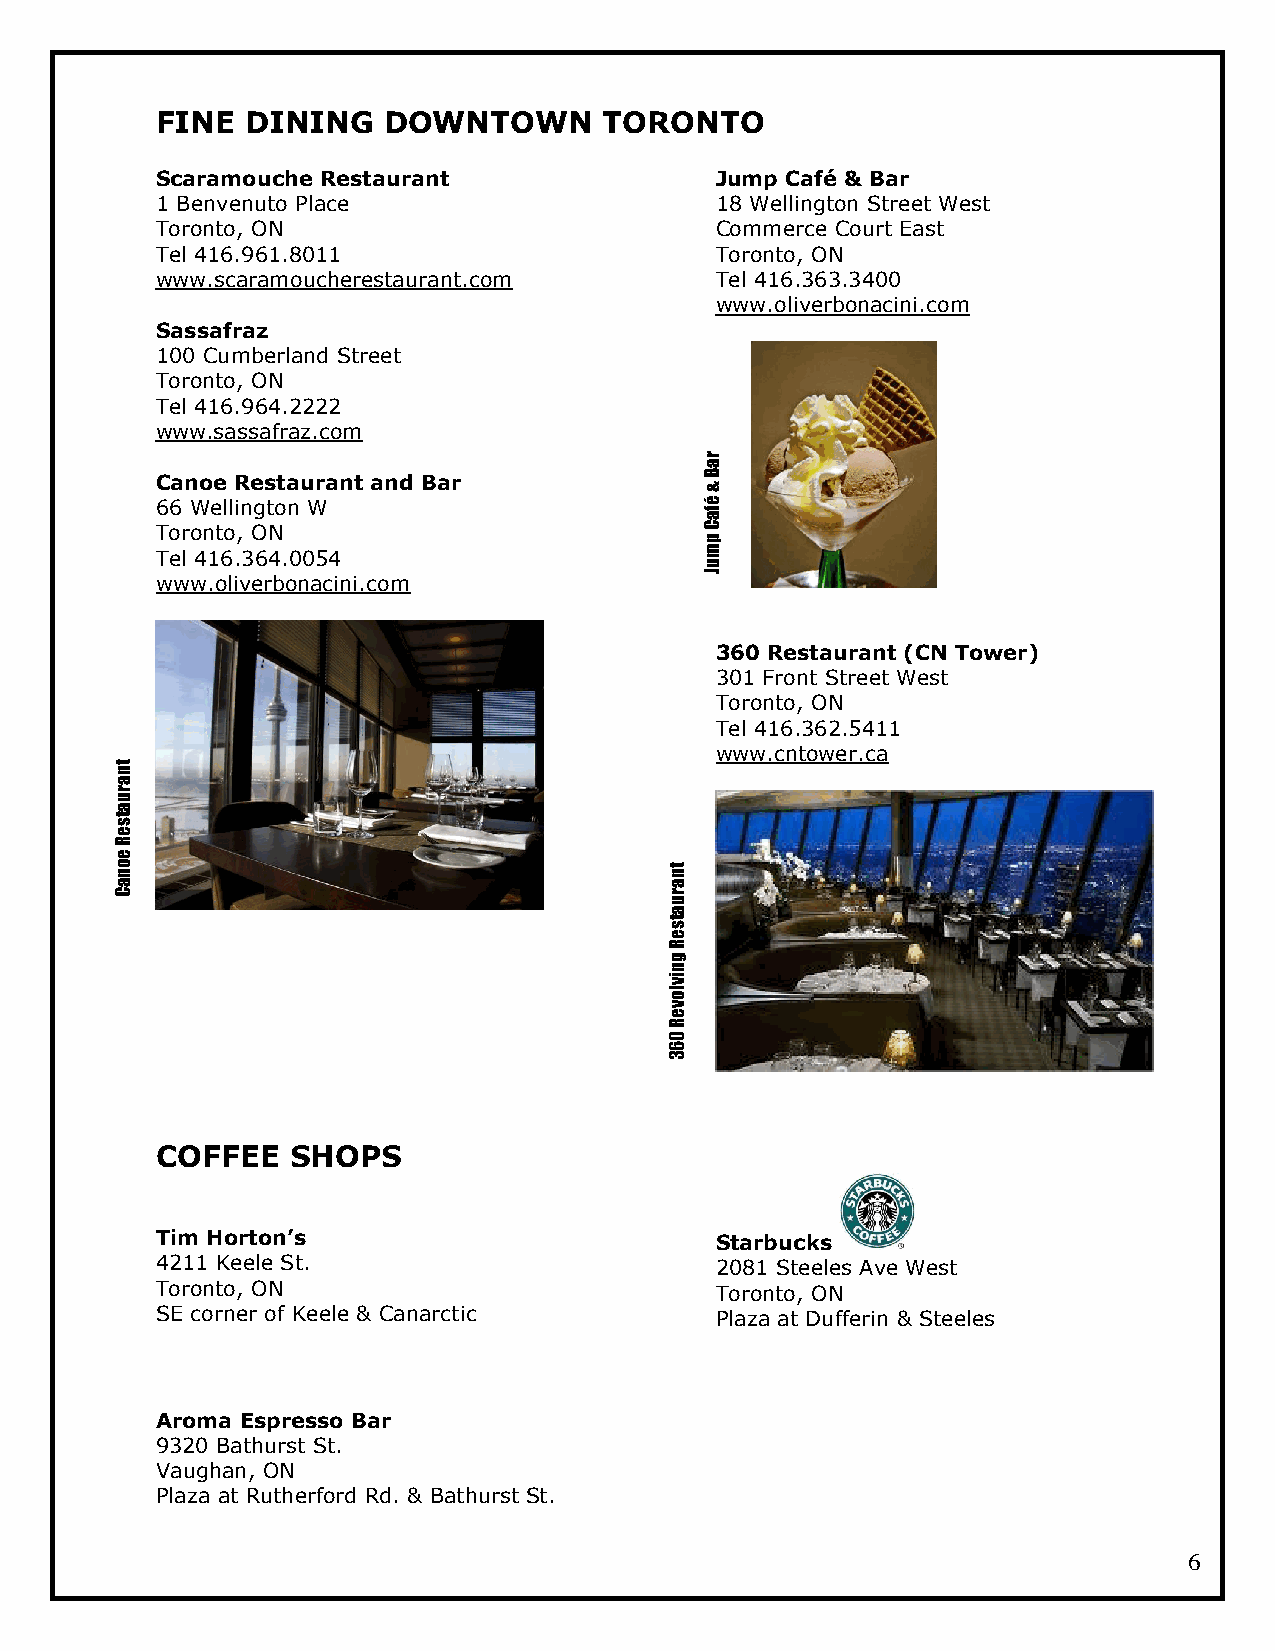
FINE  DINING   DOWNTOWN       TORONTO
 Scaramouche Restaurant               Jump Café & Bar
 1 Benvenuto Place                    18 Wellington Street West
 Toronto, ON                          Commerce Court East
 Tel 416.961.8011                     Toronto, ON
 www.scaramoucherestaurant.com        Tel 416.363.3400
 www.oliverbonacini.com
 Sassafraz
 100 Cumberland Street
 Toronto, ON
 Tel 416.964.2222
 www.sassafraz.com
 r
 a
 Canoe Restaurant and Bar
 &
 B
 66 Wellington W                      afé
 Toronto, ON
 p
 C
 Tel 416.364.0054                     m
 u
 www.oliverbonacini.com
 J
 360 Restaurant (CN Tower)
 301 Front Street West
 Toronto, ON
 Tel 416.362.5411
 www.cntower.ca
 ant
 r
 u
 a
 st
 e
 R
 e
 no                                  nt
 a                                   a
 C                                   ur
 a
 st
 e
 R
 g
 vin
 ol
 v
 e
 R
 0
 6
 3
 COFFEE   SHOPS
 Tim Horton’s                         Starbucks
 4211 Keele St.                       2081 Steeles Ave West
 Toronto, ON                          Toronto, ON
 SE corner of Keele & Canarctic       Plaza at Dufferin & Steeles
 Aroma Espresso Bar
 9320 Bathurst St.
 Vaughan, ON
 Plaza at Rutherford Rd. & Bathurst St.
 6